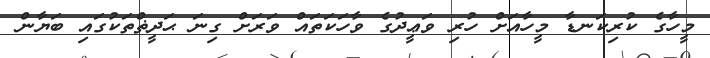
މީހާގެ ކުރިކަނޑާ މީހާއަށް ހުރި ވަޢީދުގެ ވާހަކަތައް ވަރަށް ގިނަ ޙަދީޡްތަކުގައި ބަޔާން